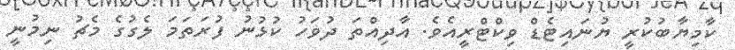
ކާމިޔާބުކުރީ ޔުނައިޓެޑް ވިކްޓްރީއެވެ. އާދިއްތަ ދުވަހު ކުޅުނު ފުރަތަމަ ލެގުގެ މެޗު ނިމުނީ